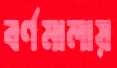
বর্ণমালায়